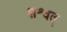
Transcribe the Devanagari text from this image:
शश्वत्